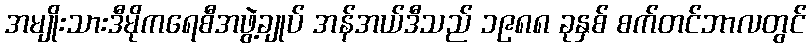
အမျိုးသားဒီမိုကရေစီအဖွဲ့ချုပ် အန်အယ်ဒီသည် ၁၉၈၈ ခုနှစ် စက်တင်ဘာလတွင်